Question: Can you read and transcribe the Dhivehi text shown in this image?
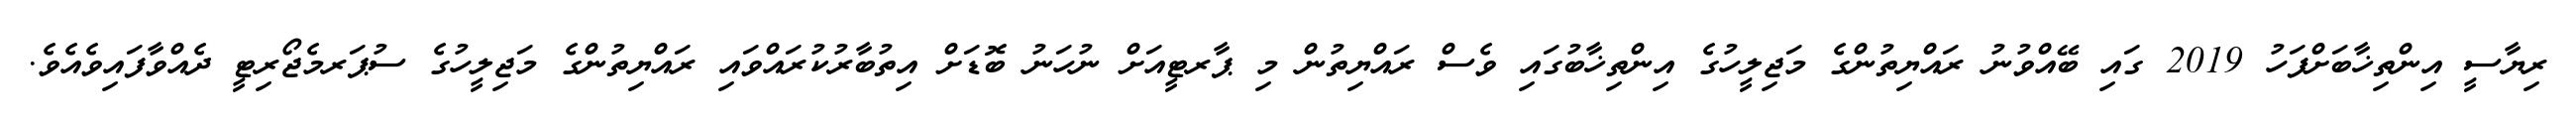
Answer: ރިޔާސީ އިންތިޚާބަށްފަހު 2019 ގައި ބޭއްވުނު ރައްޔިތުންގެ މަޖިލީހުގެ އިންތިޚާބުގައި ވެސް ރައްޔިތުން މި ޕާރޓީއަށް ނުހަނު ބޮޑަށް އިތުބާރުކުރައްވައި ރައްޔިތުންގެ މަޖިލީހުގެ ސުޕަރމެޖޯރިޓީ ދެއްވާފައިވެއެވެ.